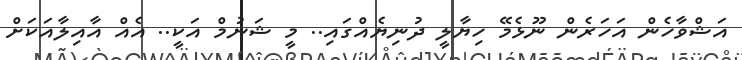
އަޝްވާހެން އަހަރެން ނޫޅެމޭ ހިޔާލީ ދުނިޔެއްގައި.. މީ ޝަނުމް އަކީ.. އެއް އާއިލާއަކަށް